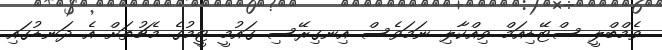
ވެމްބްލީ ސްޓޭޑިއަމް ވިއްކާލި ނަމަވެސް އިނގިރޭސި ގައުމީ ޓީމުގެ މެޗުތަށް އެ ދަނޑުގައި